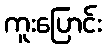
ကူးပြောင်း